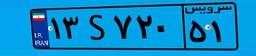
۸۵S۲۳۷۸۵